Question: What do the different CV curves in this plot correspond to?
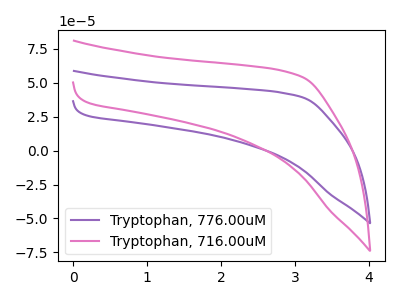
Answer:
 <answer>The purple curve is labeled "Tryptophan, 776.00uM". The pink curve is labeled "Tryptophan, 716.00uM".</answer>
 <eval></eval>